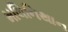
મલિનિથાન